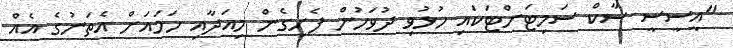
"އީސީސީ ސާކް ސަމިޓަށްޓަކައި ހުޅުވި ދުވަހުން ފެށިގެން މިއަދާއި ހަމައަށް އެތަނުގެ އެއް